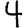
Digit: 4